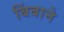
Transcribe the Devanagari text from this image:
बिंबाने